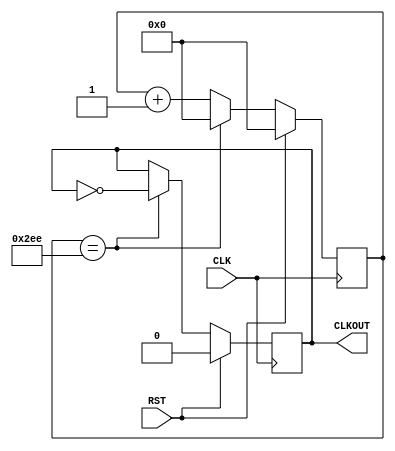
`timescale 1ns / 1ps
//////////////////////////////////////////////////////////////////////////////////
// Company: Digilent Inc.
// 
// Module Name:    ClkDiv_66_67kHz 
// Project Name: 	 PmodJSTK_Demo
// Target Devices: Nexys3
// Tool versions:  ISE 14.1
// Description: Converts input 100MHz clock signal to a 66.67kHz clock signal.
//
// Revision History: 
// 						Revision 0.01 - File Created (Josh Sackos)
//////////////////////////////////////////////////////////////////////////////////

// ============================================================================== 
// 										  Define Module
// ==============================================================================
module ClkDiv_66_67kHz(
    CLK,											// 100MHz onbaord clock
    RST,											// Reset
    CLKOUT										// New clock output
    );

// ===========================================================================
// 										Port Declarations
// ===========================================================================
	input CLK;
	input RST;
	output CLKOUT;

// ===========================================================================
// 							  Parameters, Regsiters, and Wires
// ===========================================================================
	// Output register
	reg CLKOUT = 1'b1;

	// Value to toggle output clock at
	parameter cntEndVal = 10'b1011101110;
	// Current count
	reg [9:0] clkCount = 10'b0000000000;

// ===========================================================================
// 										Implementation
// ===========================================================================

	//----------------------------------------------
	//						Serial Clock
	//			66.67kHz Clock Divider, period 15us
	//----------------------------------------------
	always @(posedge CLK) begin

			// Reset clock
			if(RST == 1'b1) begin
					CLKOUT <= 1'b0;
					clkCount <= 10'b0000000000;
			end
			// Count/toggle normally
			else begin

					if(clkCount == cntEndVal) begin
							CLKOUT <= ~CLKOUT;
							clkCount <= 10'b0000000000;
					end
					else begin
							clkCount <= clkCount + 1'b1;
					end

			end

	end

endmodule